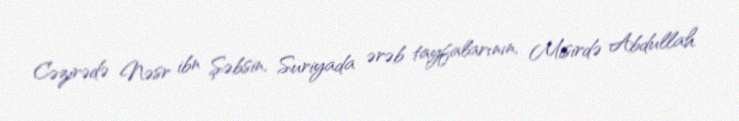
Cəzirədə Nəsr ibn Şəbsin, Suriyada ərəb tayfalarının, Misirdə Abdullah